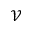
\mathcal { V }